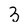
Character: 3